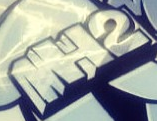
MH2